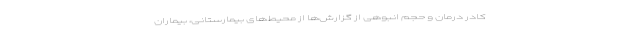
کادر درمان و حجم انبوهی از گزارش‌ها از محیط‌های بیمارستانی، بیماران